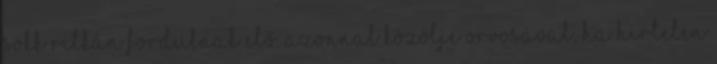
sokk ritkán fordulnak elő. Azonnal közölje orvosával, ha hirtelen